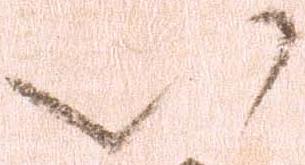
以